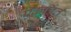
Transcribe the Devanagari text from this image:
एकर्त्रित